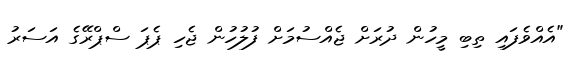
"އެއްވެފައި ތިބި މީހުން ދުރަށް ޖެއްސުމަށް ފުލުހުން ޖެހި ޕެޕަ ސްޕްރޭގެ އަސަރު